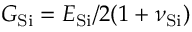
G _ { \mathrm { S i } } = E _ { \mathrm { S i } } / 2 ( 1 + \nu _ { \mathrm { S i } } )